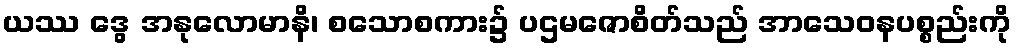
ယဿ ဒွေ အနုလောမာနိ၊ စသောစကား၌ ပဌမဇောစိတ်သည် အာသေဝနပစ္စည်းကို